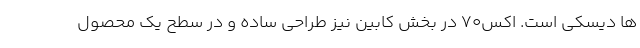
ها دیسکی است. اکس70 در بخش کابین نیز طراحی ساده و در سطح یک محصول